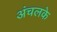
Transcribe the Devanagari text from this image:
अंचलके